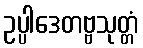
ဥပ္ပါဒေတဗ္ဗသုတ္တံ